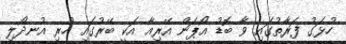
ހުޅަގު ފަރާތުގައި ވާ ބޮޑު އޯޕަން އޭރިއާ އަކީ ބޭރުގައި ހުރި އުނދޯލި